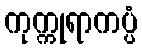
ကုက္ကုရာကပ္ပံ